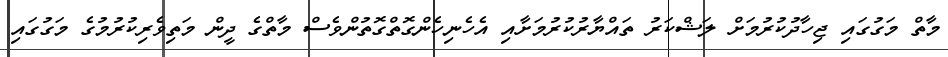
މާތް މަގުގައި ޖިހާދުކުރުމަށް ލަޝްކަރު ތައްޔާރުކުރުމަށާއި އެހެނިހެންގޮތްގޮތުންވެސް މާތްގެ ދީން މަތިވެރިކުރުމުގެ މަގުގައި